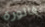
فاتورة